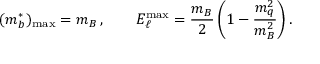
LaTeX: ( m _ { b } ^ { * } ) _ { \mathrm { m a x } } = m _ { B } \, , \qquad E _ { \ell } ^ { \mathrm { m a x } } = { \frac { m _ { B } } { 2 } } \, \bigg ( 1 - { \frac { m _ { q } ^ { 2 } } { m _ { B } ^ { 2 } } } \bigg ) \, .